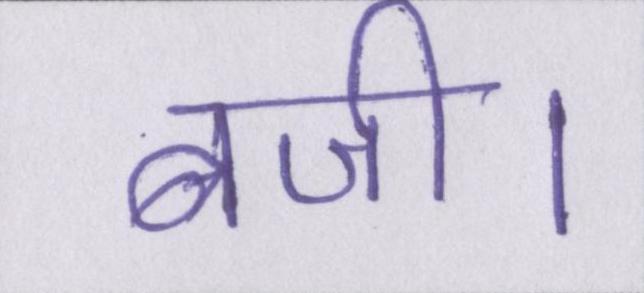
बजी।